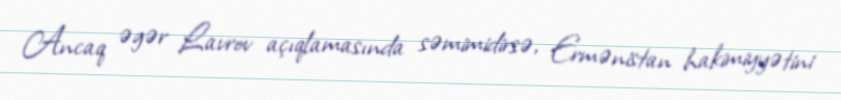
Ancaq əgər Lavrov açıqlamasında səmimidirsə, Ermənistan hakimiyyətini